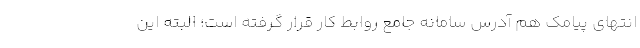
انتهای پیامک هم آدرس سامانه جامع روابط کار قرار گرفته است؛ البته این